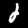
Digit: 2